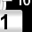
Digit: 1